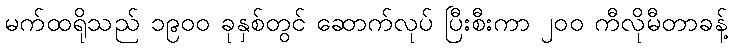
မက်ထရိုသည် ၁၉၀၀ ခုနှစ်တွင် ဆောက်လုပ် ပြီးစီးကာ ၂၀၀ ကီလိုမီတာခန့်